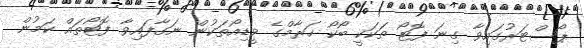
ޕޯސްޓަރުގައިވާ ގިނަ ފޮޓޯ ތަކަކީ ބޯކޯ ހަރާމްގެ ވީޑިއޯތަކުން ނަގާފައިވާ ފޮޓޯތައް ކަމުން